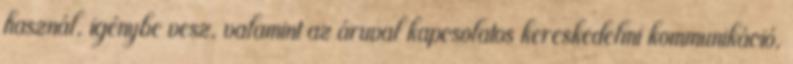
használ, igénybe vesz, valamint az áruval kapcsolatos kereskedelmi kommunikáció,